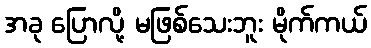
အခု ပြောလို့ မဖြစ်သေးဘူး မိုက်ကယ်